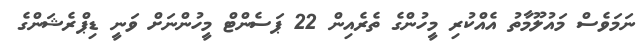
ނަމަވެސް މައުލޫމާތު އެއްކުރި މީހުންގެ ތެރެއިން 22 ޕަސެންޓް މީހުންނަށް ވަނީ ޑިޕްރެޝަންގެ